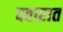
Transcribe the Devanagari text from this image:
दवारात